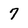
Character: 7